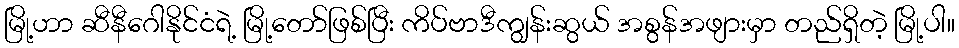
မြို့ဟာ ဆီနီဂေါနိုင်ငံရဲ့ မြို့တော်ဖြစ်ပြီး ကိပ်ဗာဒီကျွန်းဆွယ် အစွန်အဖျားမှာ တည်ရှိတဲ့ မြို့ပါ။